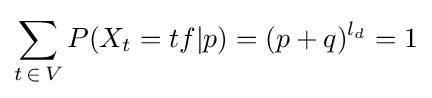
\sum _{t\mathop {\in } V}P(X_{t}=tf|p)=(p+q)^{l_{d}}=1